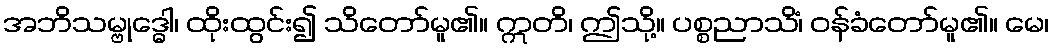
အဘိသမ္ဗုဒ္ဓေါ၊ ထိုးထွင်း၍ သိတော်မူ၏။ ဣတိ၊ ဤသို့။ ပစ္စညာသိံ၊ ဝန်ခံတော်မူ၏။ မေ၊